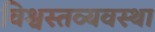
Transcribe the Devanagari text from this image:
विश्वस्तव्यवस्था